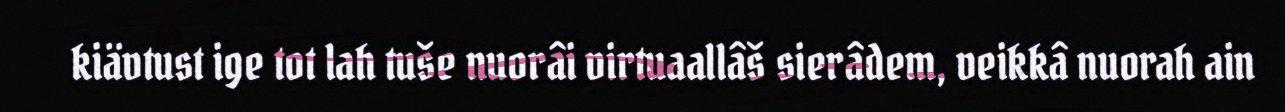
kiävtust ige tot lah tuše nuorâi virtuaallâš sierâdem, veikkâ nuorah ain